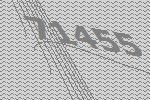
71455